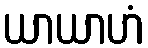
ယာယာဟံ